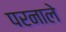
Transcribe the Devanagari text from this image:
परनाले